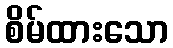
စိမ်ထားသော